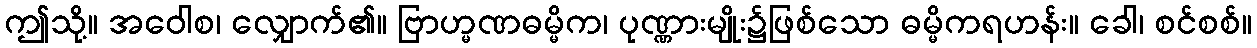
ဤသို့။ အဝေါစ၊ လျှောက်၏။ ဗြာဟ္မဏဓမ္မိက၊ ပုဏ္ဏားမျိုး၌ဖြစ်သော ဓမ္မိကရဟန်း။ ခေါ၊ စင်စစ်။